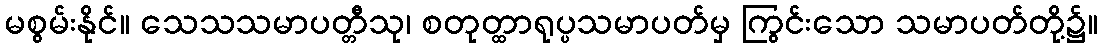
မစွမ်းနိုင်။ သေသသမာပတ္တီသု၊ စတုတ္ထာရုပ္ပသမာပတ်မှ ကြွင်းသော သမာပတ်တို့၌။